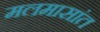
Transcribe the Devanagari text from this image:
मलमासांत